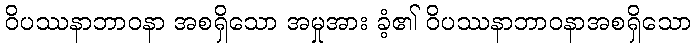
ဝိပဿနာဘာဝနာ အစရှိသော အမှုအား ခံ့၏ ဝိပဿနာဘာဝနာအစရှိသော